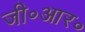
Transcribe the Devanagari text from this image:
जी॰आर॰